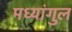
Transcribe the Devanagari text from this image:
मध्यांगुल